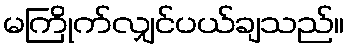
မကြိုက်လျှင်ပယ်ချသည်။